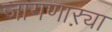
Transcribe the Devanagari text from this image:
जागणाऱ्या